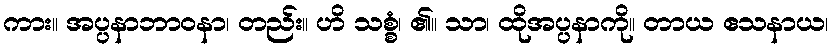
ကား။ အပ္ပနာဘာဝနာ၊ တည်း။ ဟိ သစ္စံ၊ ၏။ သာ၊ ထိုအပ္ပနာကို။ တာယ ဧသနာယ၊